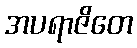
အပရာဇိတေ